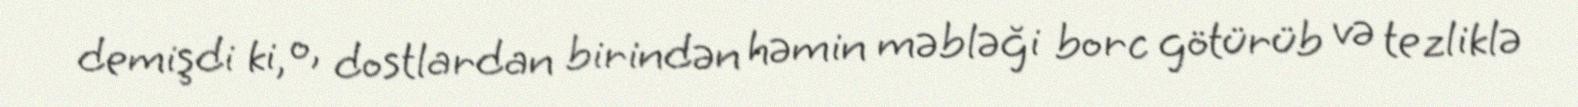
demişdi ki, o, dostlardan birindən həmin məbləği borc götürüb və tezliklə